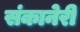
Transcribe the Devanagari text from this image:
संकानेरी